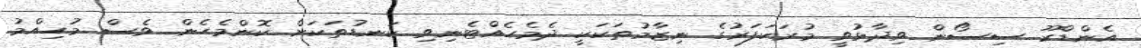
އެންޑްރޫ ސިސޯން ވިދާޅުވީ މުރަކަފަރުގެ ނިޒާމުތަކަކީ ދެމެހެއްޓެނިވި ކަނޑުތަކަށް ކޮންމެހެން ވެސް މުހިއްމު